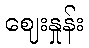
ဈေးနှုန်း